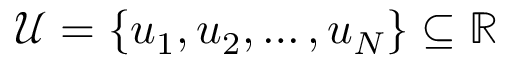
\mathcal { U } = \left\{ u _ { 1 } , u _ { 2 } , \dotsc , u _ { N } \right\} \subseteq \mathbb { R }